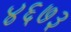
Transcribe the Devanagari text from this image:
४६७३